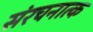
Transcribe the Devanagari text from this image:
संरचनात्क